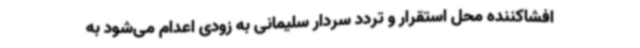
افشاکننده محل استقرار و تردد سردار سلیمانی به زودی اعدام می‌شود به